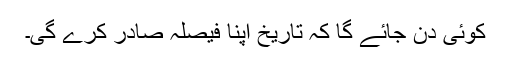
کوئی دن جائے گا کہ تاریخ اپنا فیصلہ صادر کرے گی۔